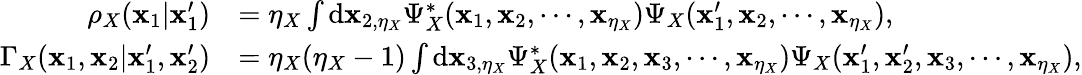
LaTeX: \begin{array}{rl}{\rho_{X}(\mathbf{x}_{1}|\mathbf{x}_{1}^{\prime})}&{=\eta_{X}\int\mathrm{d}\mathbf{x}_{2,\eta_{X}}\Psi_{X}^{*}(\mathbf{x}_{1},\mathbf{x}_{2},\cdots,\mathbf{x}_{\eta_{X}})\Psi_{X}(\mathbf{x}_{1}^{\prime},\mathbf{x}_{2},\cdots,\mathbf{x}_{\eta_{X}}),}\\ {\Gamma_{X}(\mathbf{x}_{1},\mathbf{x}_{2}|\mathbf{x}_{1}^{\prime},\mathbf{x}_{2}^{\prime})}&{=\eta_{X}(\eta_{X}-1)\int\mathrm{d}\mathbf{x}_{3,\eta_{X}}\Psi_{X}^{*}(\mathbf{x}_{1},\mathbf{x}_{2},\mathbf{x}_{3},\cdots,\mathbf{x}_{\eta_{X}})\Psi_{X}(\mathbf{x}_{1}^{\prime},\mathbf{x}_{2}^{\prime},\mathbf{x}_{3},\cdots,\mathbf{x}_{\eta_{X}}),}\end{array}